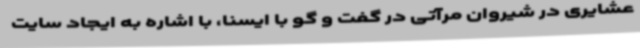
عشایری در شیروان مرآتی در گفت و گو با ایسنا، با اشاره به ایجاد سایت